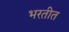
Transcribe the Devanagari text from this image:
भरतीत